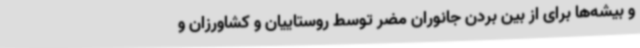
و بیشه‌ها برای از بین بردن جانوران مضر توسط روستاییان و کشاورزان و